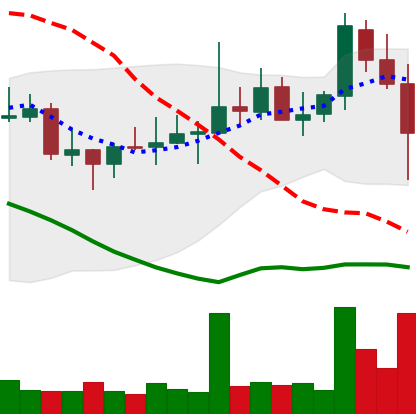
Ticker: DOGE-USD
Chart end date: 2021-10-27
Forward return: 14.32%
Label: up_7plus